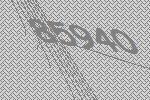
85940